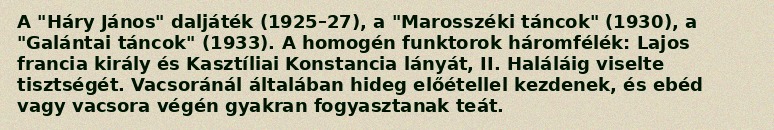
A "Háry János" daljáték (1925–27), a "Marosszéki táncok" (1930), a "Galántai táncok" (1933). A homogén funktorok háromfélék: Lajos francia király és Kasztíliai Konstancia lányát, II. Haláláig viselte tisztségét. Vacsoránál általában hideg előétellel kezdenek, és ebéd vagy vacsora végén gyakran fogyasztanak teát.